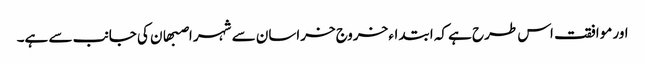
اور موافقت اس طرح ہے کہ ابتداء خروج خراسان سے شہر اصبھان کی جانب سے ہے۔